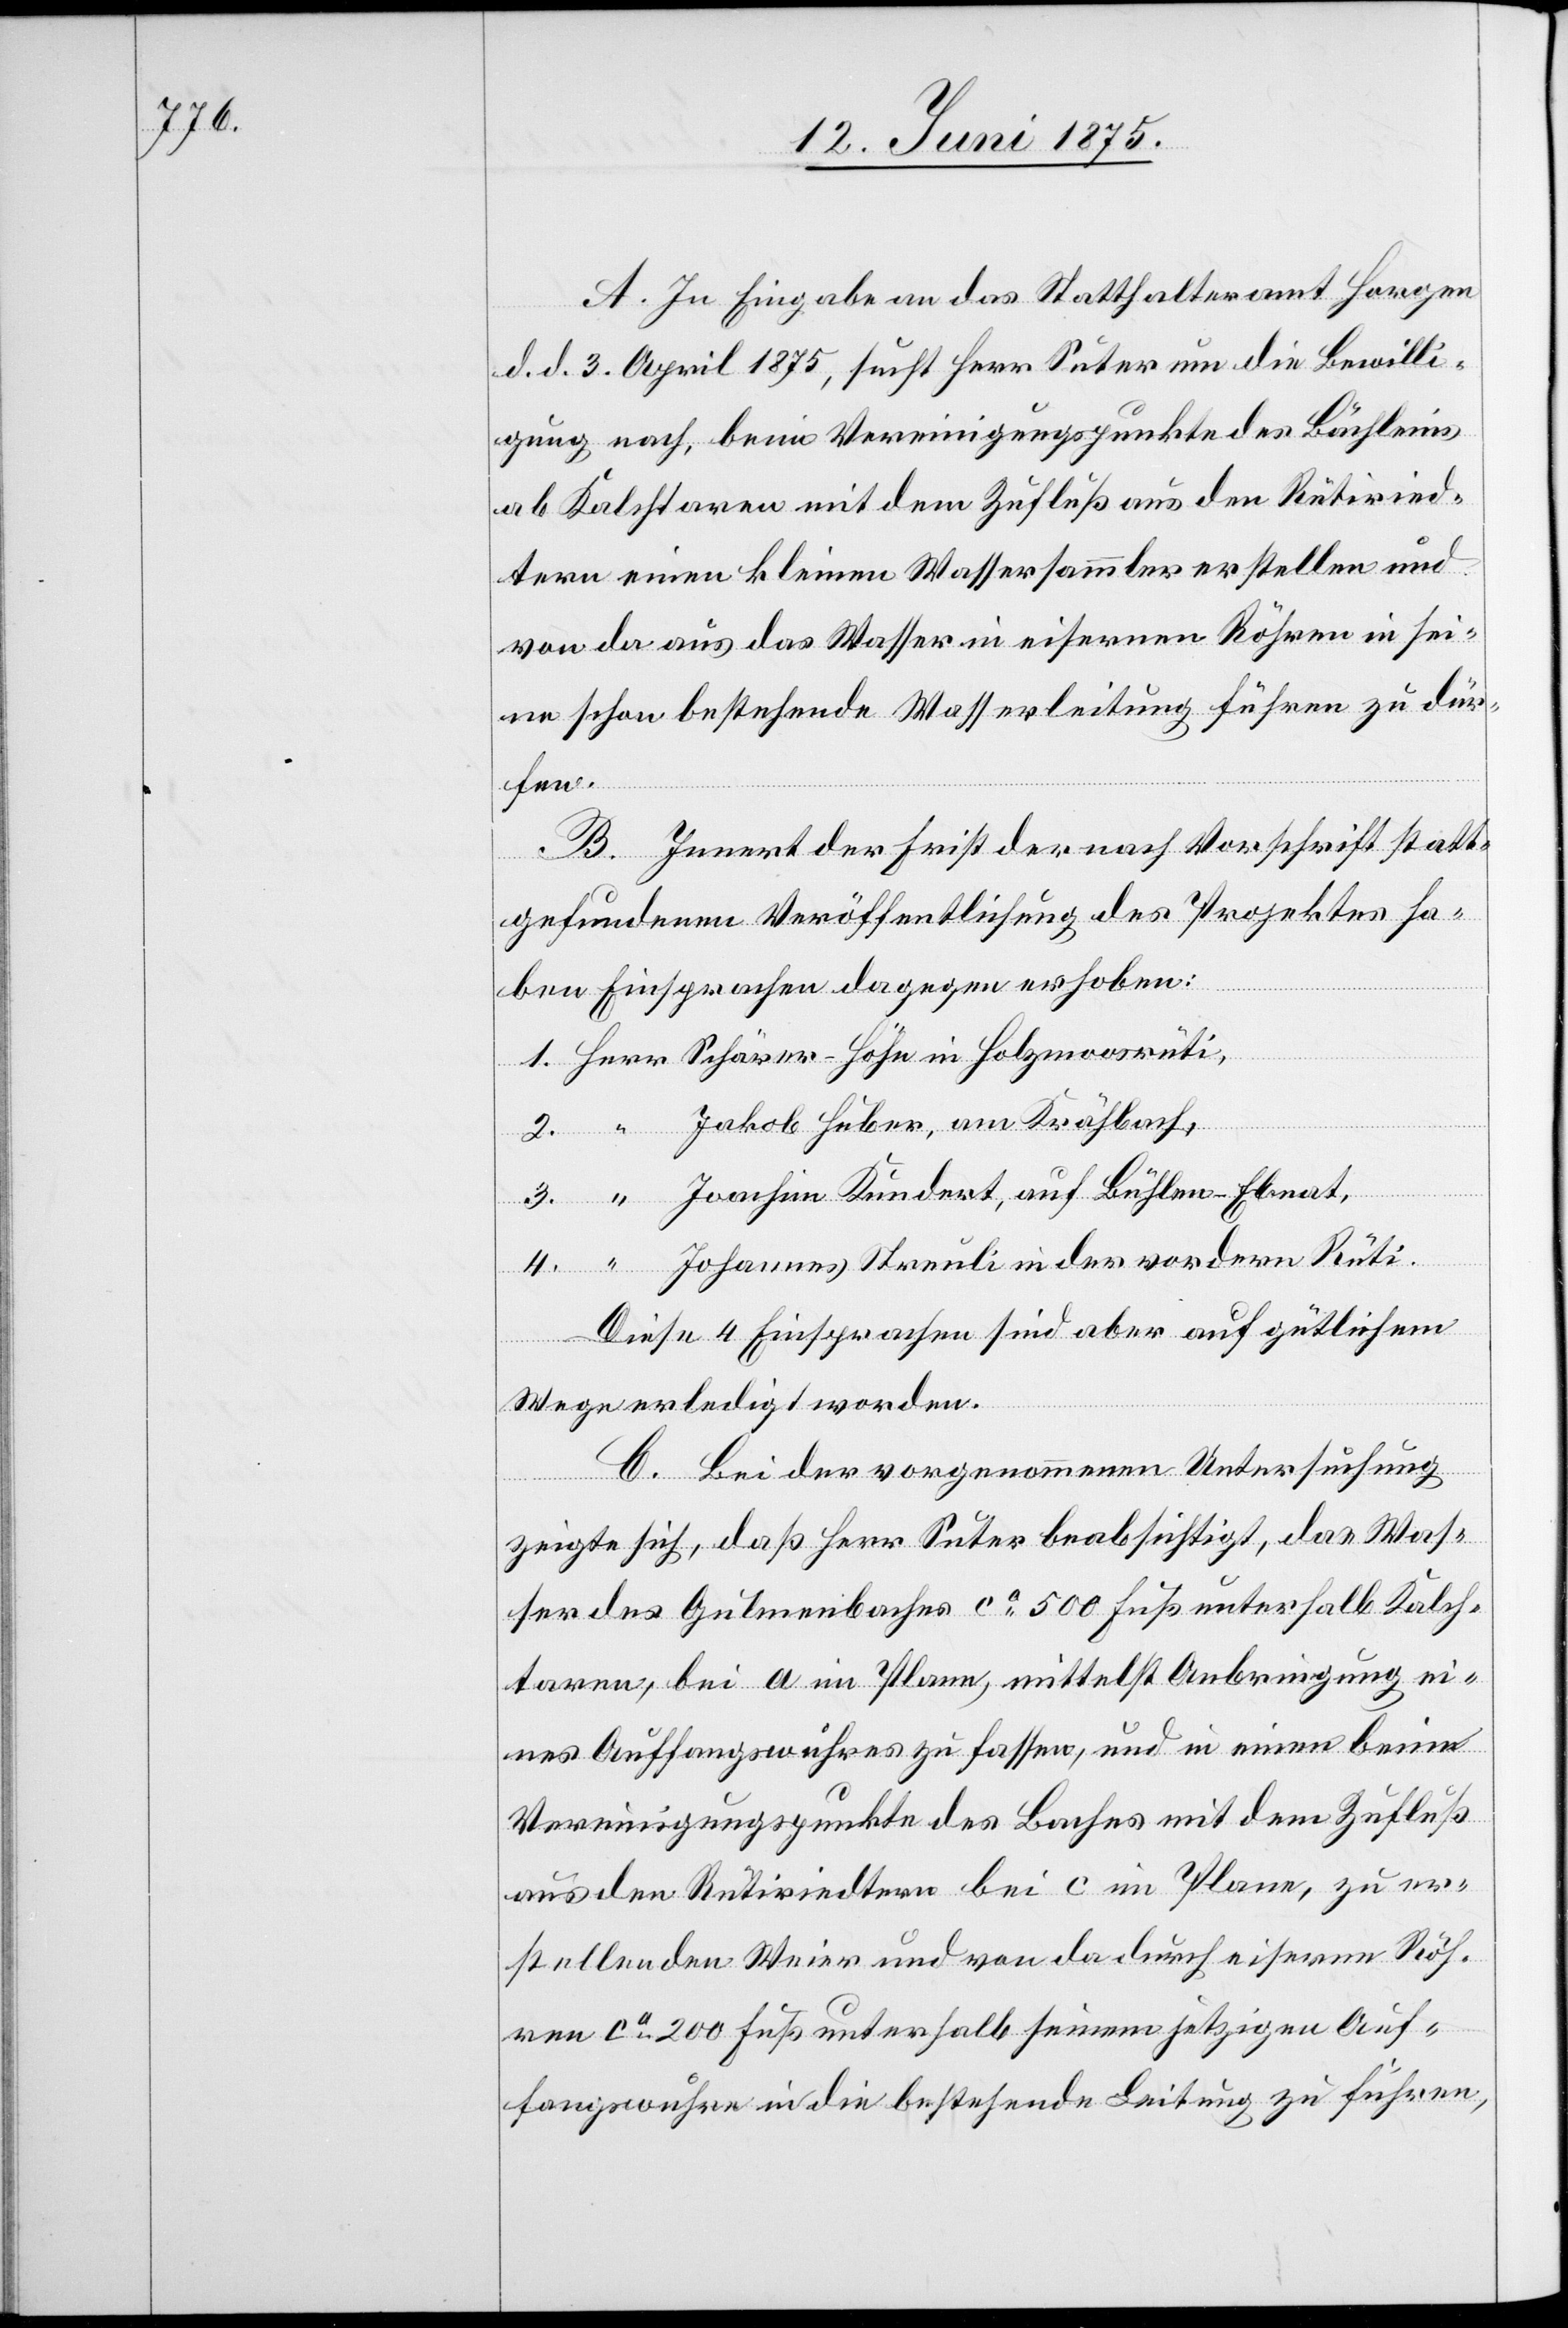
A. In Eingaben an das Statthalteramt Horgen
d. d. 3. April 1875, sucht Herr Suter um die Bewilli¬
gung nach, beim Vereinigungspunkte des Bächleins
ab Kalchtaren mit dem Zufluß aus den Rütiried¬
tern einen kleinen Wassersammler erstellen und
von da aus das Wasser in eisernen Röhren in sei¬
ne schon bestehende Wasserleitung führen zu dür¬
fen.
B. Innert der Frist der nach Vorschrift statt¬
gefundenen Veröffentlichung des Projektes ha¬
ben Einsprachen dagegen erhoben:
Jakob Huber, am Krähbach,
Joachim Kundert, auf Bühlen - Ebnat,
Johannes Sternli in der vordern Rüti.
Diese 4 Einsprachen sind aber auf gütlichem
Herr
Wege erledigt worden.
4.
C. Bei der vorgenommenen Untersuchung
zeigte sich, daß Herr Suter beabsichtigt, das Was¬
ser des Gulmenbaches ca 500 Fuß unterhalb Kalch¬
taren, bei a im Plane, mittelst Anbringung ei¬
nes Auffangwuhres zu fassen, und in einen beim
Vereinigungspunkte des Baches mit dem Zufluß
aus den Rütiriedtern bei c im Plane, zu er¬
stellenden Weier und von da durch eiserne Röh¬
ren ca 200 Fuß unterhalb seinem jetzigen Auf¬
fangswuhres in die bestehende Leitung zu führen,